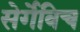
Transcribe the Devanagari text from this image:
सेर्गेविच